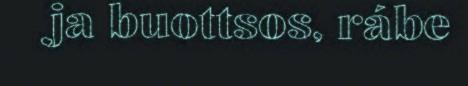
ja buottsos, rábe